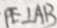
P E \bot A B